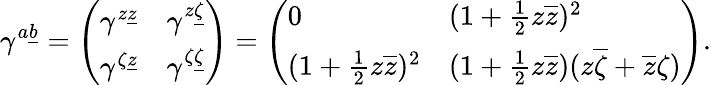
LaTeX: \gamma^{a\underline{{b}}}=\left(\begin{array}{ll}{{\gamma^{z\underline{{z}}}}}&{{\gamma^{z\underline{{\zeta}}}}}\\ {{\gamma^{\zeta\underline{{z}}}}}&{{\gamma^{\zeta\underline{{\zeta}}}}}\end{array}\right)=\left(\begin{array}{ll}{{0}}&{{(1+{\frac{1}{2}}z\overline{{z}})^{2}}}\\ {{(1+{\frac{1}{2}}z\overline{{z}})^{2}}}&{{(1+{\frac{1}{2}}z\overline{{z}})(z\overline{{\zeta}}+\overline{{z}}\zeta)}}\end{array}\right).